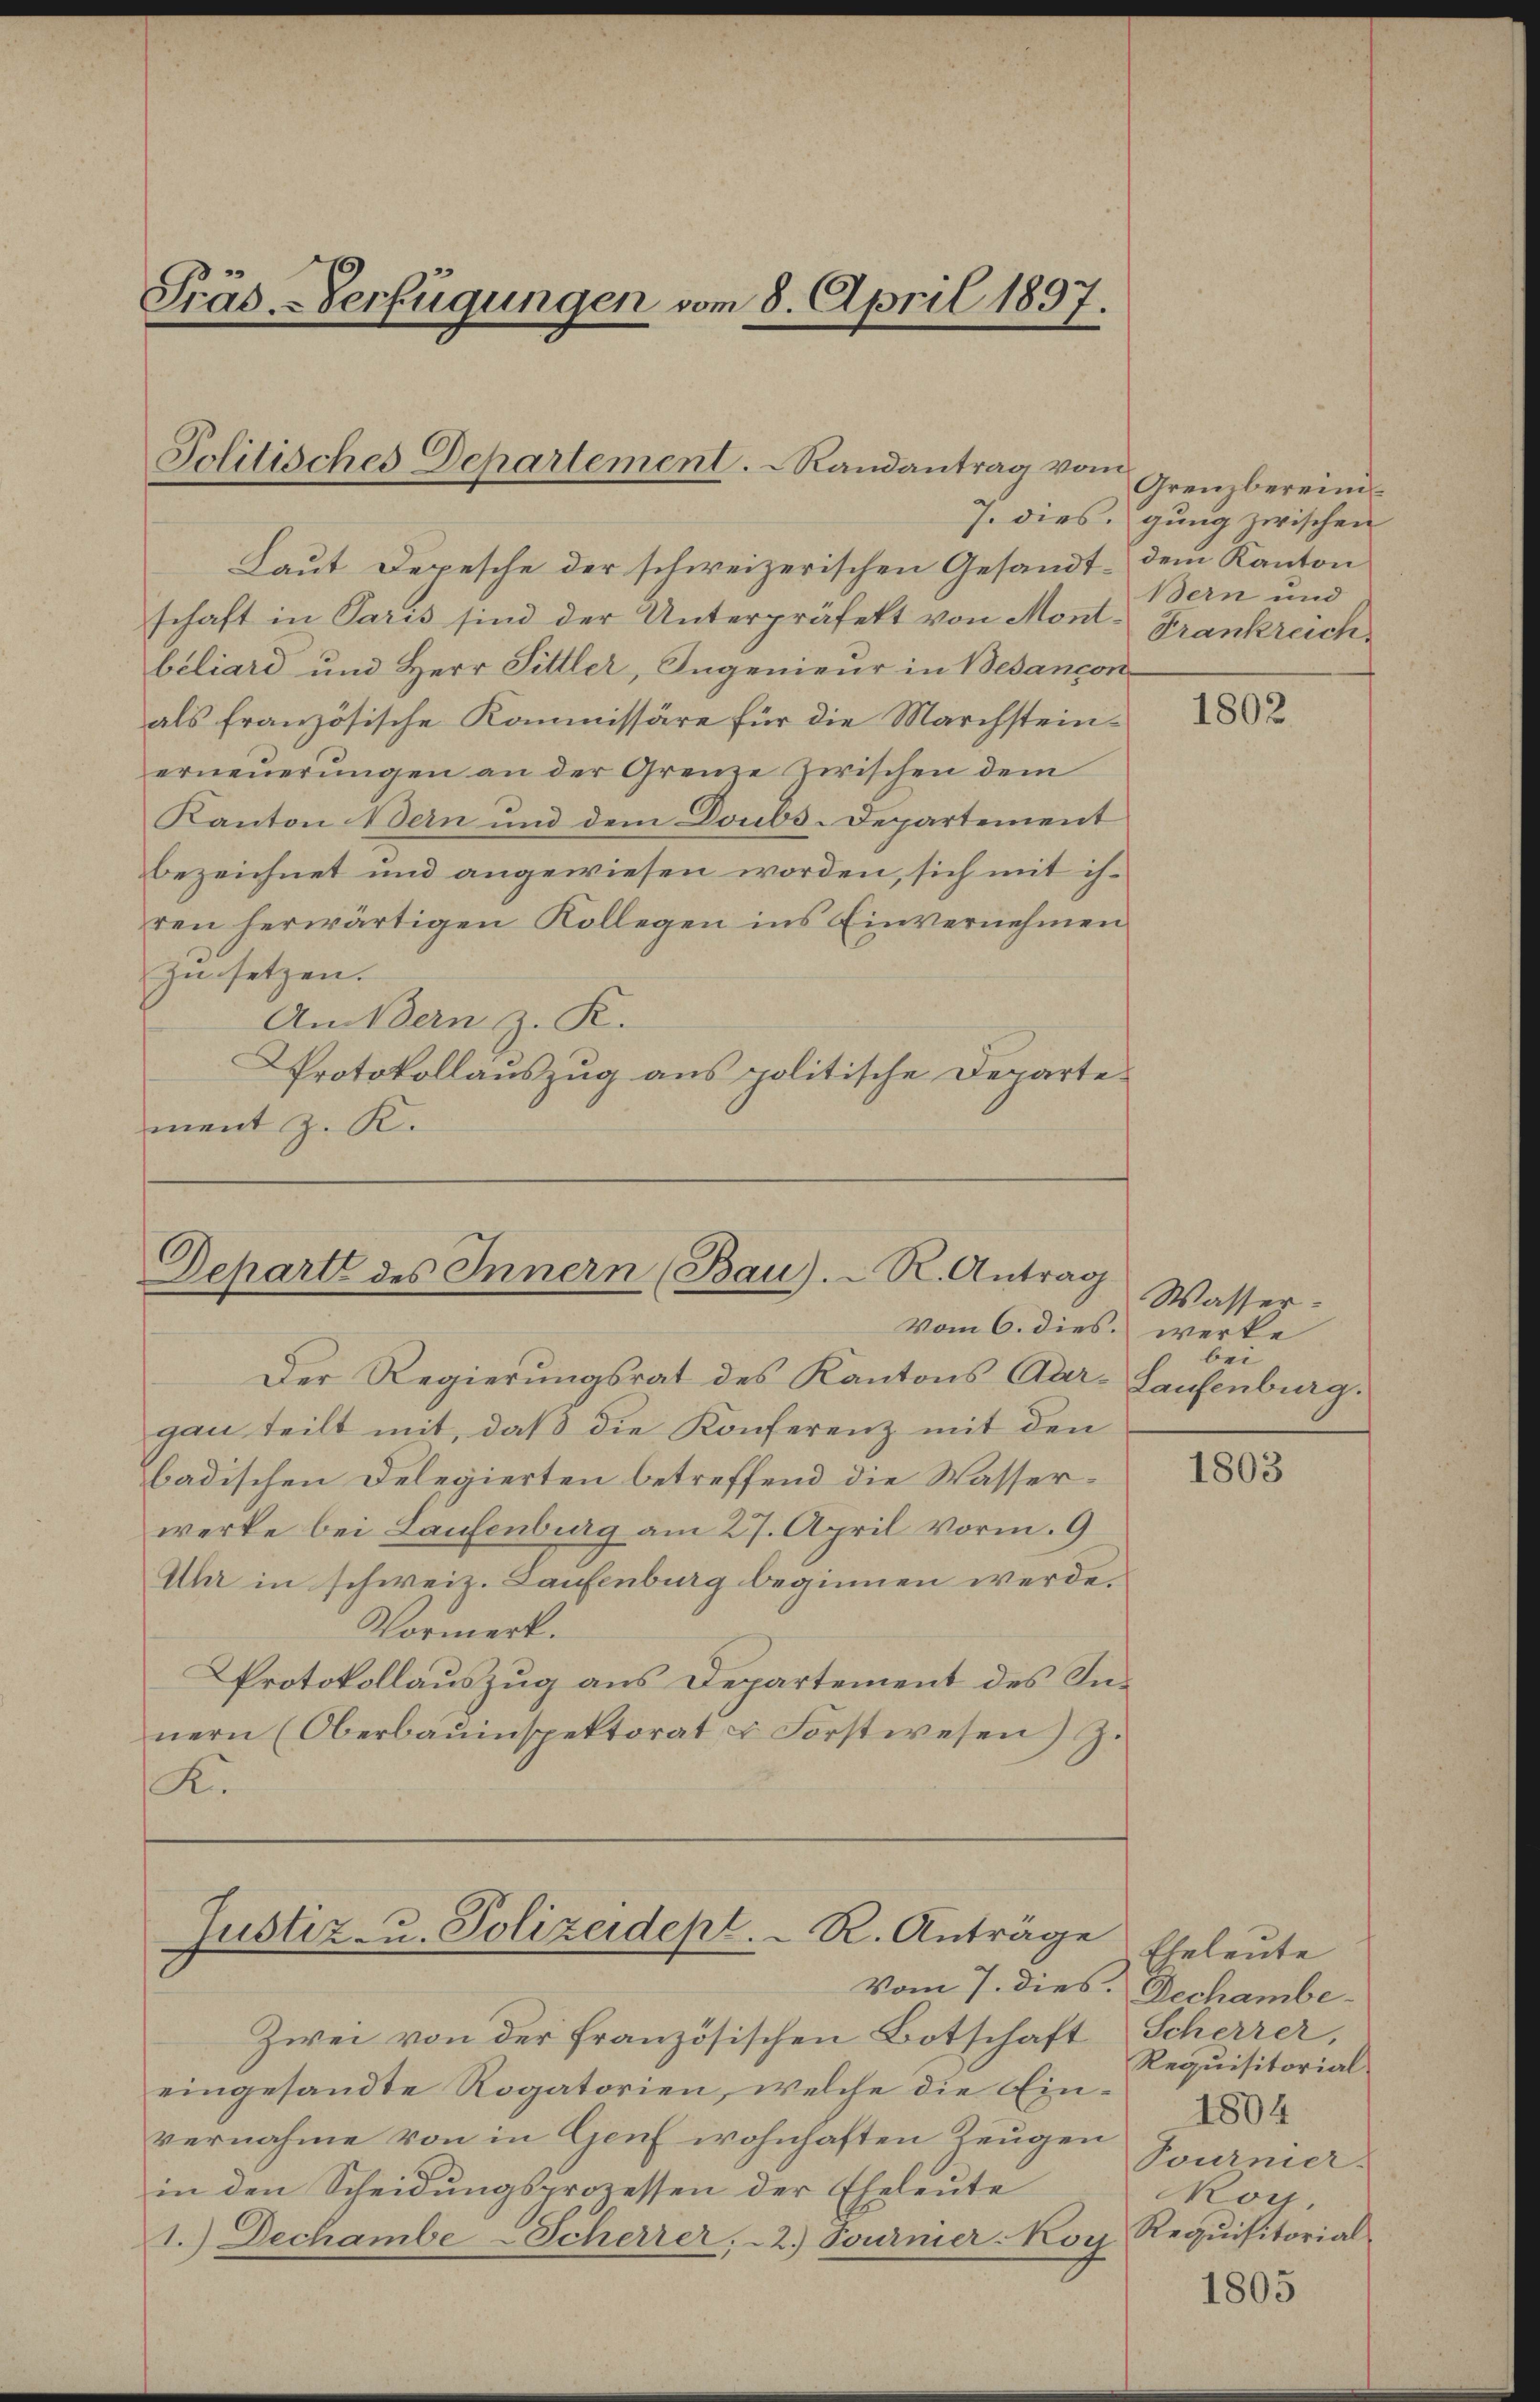
Präs. Verfügungen vom 8. April 1897.

Laut Depesche der schweizerischen Gesandt - dem Kanton
schaft in Paris sind der Unterpräfekt von Mont. Frankreichbéliard und Herr Sittler, Ingenieur in Besançon
als französische Kommissäre für die Marchsteinerneuerungen an der Grenze zwischen dem
Kanton Bern und dem Doubs-Departement
bezeichnet und angewiesen worden, sich mit ihren herwärtigen Kollegen ins Einvernehmen
zusetzen.
Andern z. R.
Protokollauszug aus politische Departement z. K.

Jolitisches Departement. Randantrag vom

Depart des Innern (Bau).-R. Antrag
vom 6. dies werke

Der Regierungsrat des Kantons Aar- Laufenburg,
gau teilt mit, daß die Konferenz mit den
badischen Delegierten betreffend die Wasserwerke bei Laufenburg am 27. April vorm. 9
Uhr in schweiz. Laufenburg beginnen werde.
Vormerk.
Protokollauszug aus Departement des Innern (Oberbauinspektorat u. Forstwesen) Z.
K.

Justiz- u. Polizeidept. R. Anträge
Vom 7. dies. Dechambe¬

Zwei von der französischen Botschaft
eingesandte Rogatorien, welche die Einvernahme von in Genf wohnhaften Zeugen
in den Scheidungsprozessen der Eheleute
1.) Dechambe-Scherrer, 2.) Sournier-Koy Requisitorial-

Grenzbereini¬
7. dies, gung zwischen
Bern und

1802

Wasser.
bei

1803

Eheleute
Scherrer,
Requisitorial
1804
Tournier.
kog.

1805